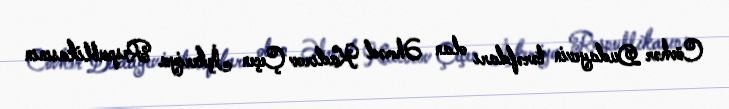
Cövhər Dudayevin tərəfdarı olan Əhməd Kadırov Çeçen İçkeriya Respublikasının